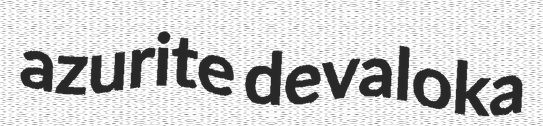
azurite devaloka